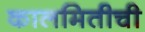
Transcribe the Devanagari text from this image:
कालमितीची